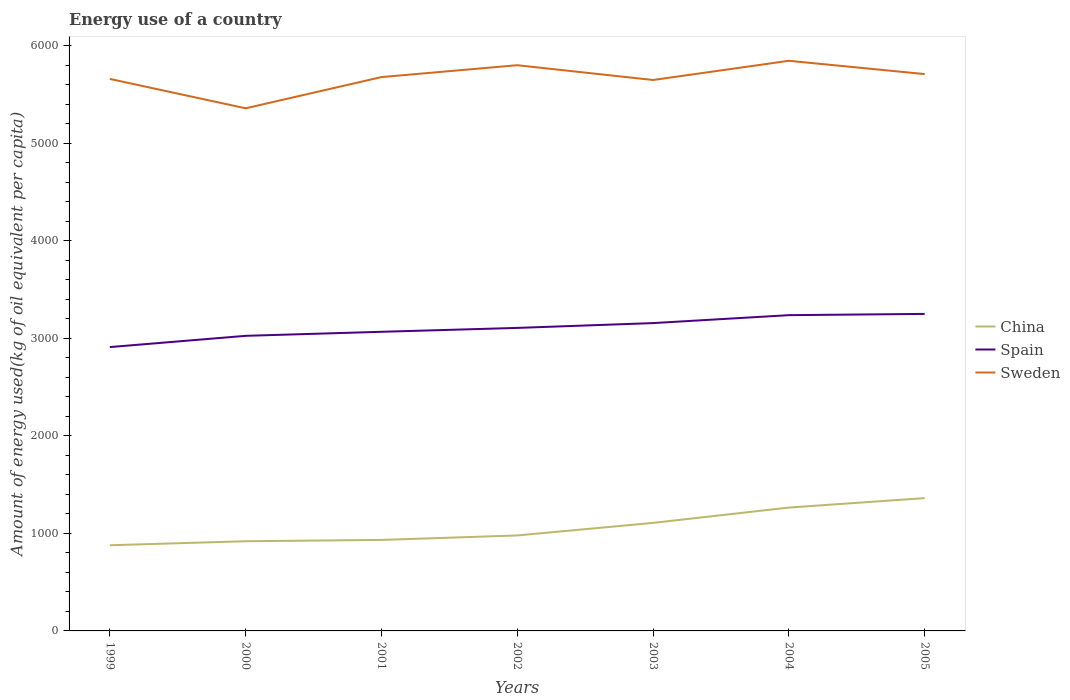
| Years | China | Spain | Sweden |
 | --- | --- | --- | --- |
 | 1999 | 879 | 2.91e+03 | 5.66e+03 |
 | 2000 | 920 | 3.03e+03 | 5.36e+03 |
 | 2001 | 933 | 3.07e+03 | 5.68e+03 |
 | 2002 | 979 | 3.11e+03 | 5.8e+03 |
 | 2003 | 1.11e+03 | 3.16e+03 | 5.65e+03 |
 | 2004 | 1.27e+03 | 3.24e+03 | 5.85e+03 |
 | 2005 | 1.36e+03 | 3.25e+03 | 5.71e+03 |